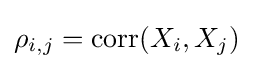
\rho _{i,j}=\mathrm {corr} (X_{i},X_{j})